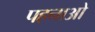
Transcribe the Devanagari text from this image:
पहनाओ